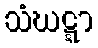
သံဃဋ္ဋာ